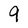
Character: 9